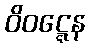
ဝိဝဋ္ဋေန